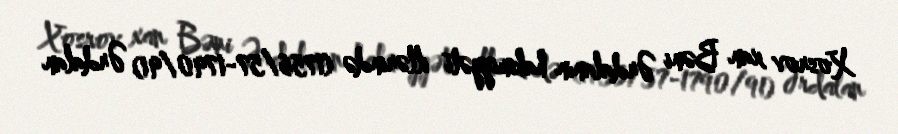
Xosrov xan Bəni Ərdalanın hakimiyyəti illərində (1756/57-1790/91) Ərdalan